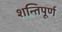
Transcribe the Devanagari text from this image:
शन्तिपूर्ण